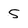
Character: 5